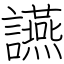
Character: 讌